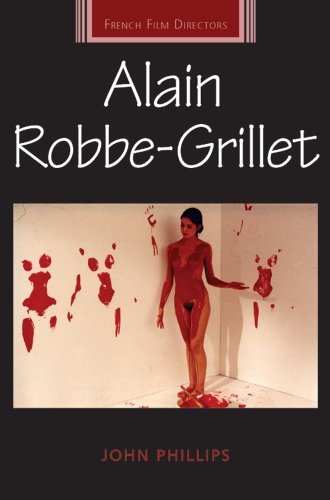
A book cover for Alain Robbe-Grillet (French Film Directors MUP); John Phillips; Humor & Entertainment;